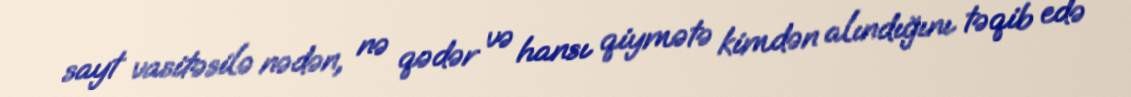
sayt vasitəsilə nədən, nə qədər və hansı qiymətə kimdən alındığını təqib edə